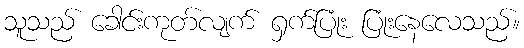
သူသည် ခေါင်းကုတ်လျက် ရှက်ပြုံး ပြုံးနေလေသည်။